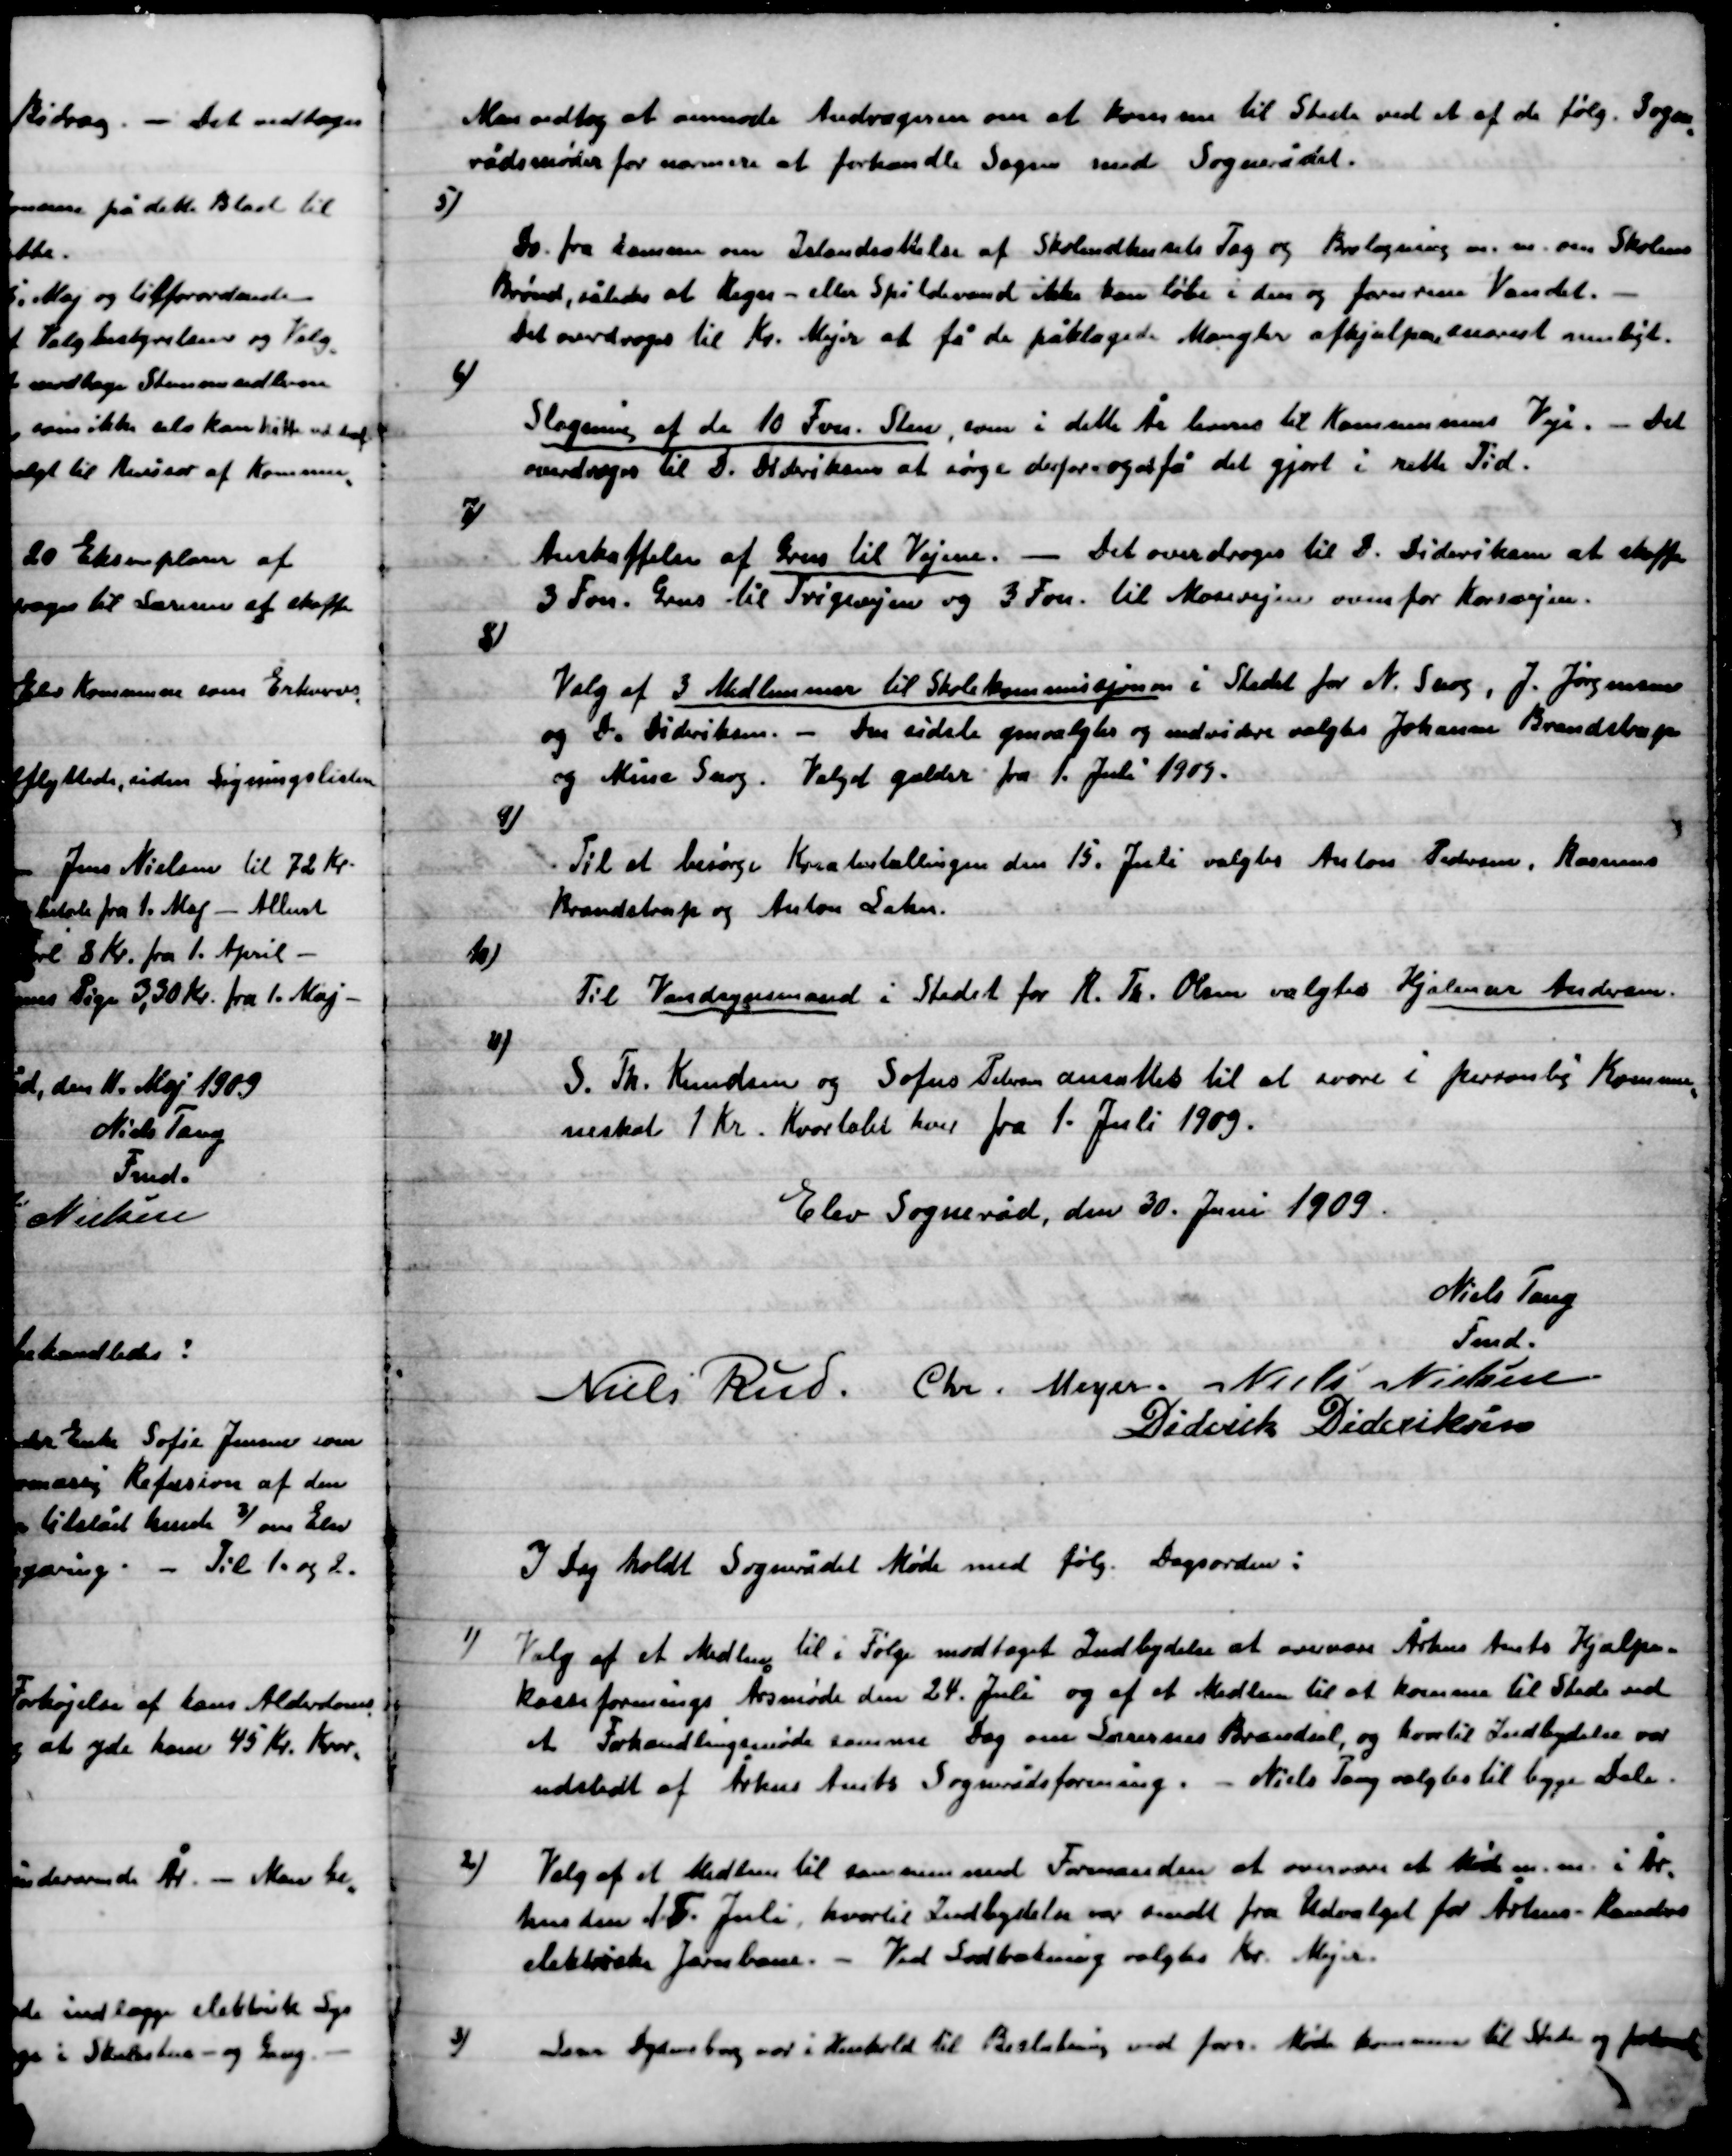
Transskription:
Man vedtog at anmode Andrageren om at komme til Stede ved et af de følg. Sogne-
rådsmøder for at forhandle sagen med Sognerådet.

5)

Do. fra samme om Istandsættelse af Skoleudhusets Tag og Brolægning m.m. om Skolens
Brønd, således at Regn- eller Spildevand ikke kan løbe i den og forurene Vandet. –
Det overdroges til Kr. Meyer at få de påklagede  Mangler afhjulpne snarest muligt.

6)

Slagning af de 10 Favn Sten som i dette År leveres til Kommunens Veje. – Det
overdroges til D. Dideriksen at sørge derfor og at få det gjort i rette Tid.

7)

Anskaffelse af Grus til Vejene. – Det overdroges til D. Dideriksen at skaffe
3 Favn Grus til Trigevejen og 3 Fvn. til Mosevejen overfor Korsvejen.

8)

Valg af 3 Medlemmer til Skolekommissionen i Stedet for N. Snog, J. Jørgensen
og D. Dideriksen. – Den sidste genvalgtes og endvidere valgtes Johanne Brandstrup
og Niels Snog. – Valget gælder fra 1. Juli 1909.

9)

Til at besørge Kreaturtællingen den 15. Juli valgtes  Anton Pedersen, Rasmus
Brandstrup og Anton Laku.

10)

Til Vandsynsmand i Stedet for R. Th. Olsen valgtes Hjalmar Andersen.

11)

S. Th. Knudsen og Sofus Pedersen ansattes til at svare i Personlig Kommu-
neskat 1 Kr. Kvartalet hver fra 1. Juli 1909.

Elev Sogneråd, den 30. Juni 1909.

Niels Tang
fmd.
Niels Rud
Chr. Meyer
Niels Nielsen
Diderik Dideriksen

I Dag holdt Sognerådet Møde med følg. Dagsorden:

1)

Valg af et Medlem til i Følg. Modtaget Indbydelse at overvære Århus Amts Hjælpe-
Kasseforenings Årsmøde den 24. Juli og af et Medlem til at komme til Stede ved
et Forhandlingsmøde samme Dag om Lærernes Brændsel, og hvortil Indbydelse var
udstedt af Århus Amts Sognerådsforening. – Niels Tang valgtes til begge Dele.

2)

Valg af et Medlem til sammen med Formanden at overvære et Møde m.m. i År.
hus den 15. Juli, hvortil Indbydelse var sendt fra Udvalget for Århus-Randers
elektriske Jærnbane. – Ved Lodtrækning valgtes Kr. Meyer.

3)

Lærer Dydensborg var i Henhold til Beslutning ved forr. Møde kommen til Stede og forhandling